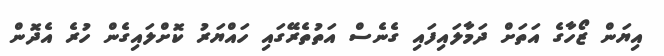
އިޔަން ޒޯހާގެ އަތަށް ދަމާލައިފައި ގެނެސް އަތުތެރޭގައި ހައްޔަރު ކޮށްލައިގެން ހުރެ އެދޮން